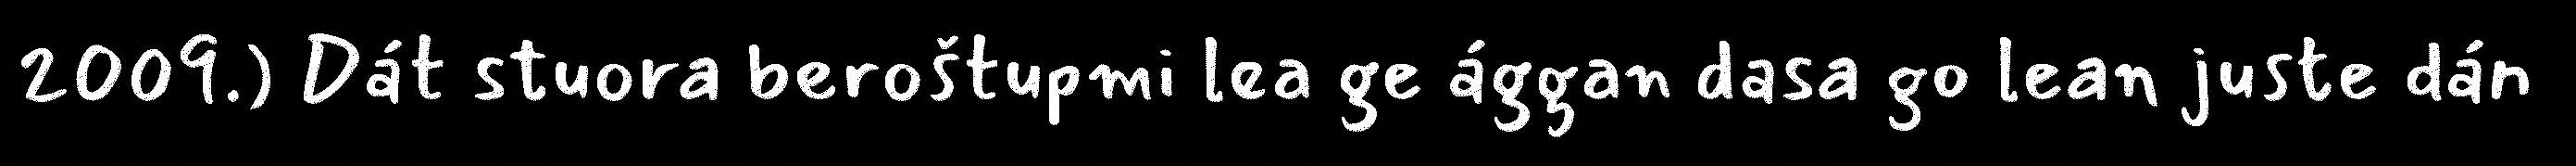
2009.) Dát stuora beroštupmi lea ge ággan dasa go lean juste dán